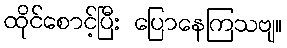
ထိုင်စောင့်ပြီး ပြောနေကြသဗျ။